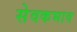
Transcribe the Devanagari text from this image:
सेवकभाव